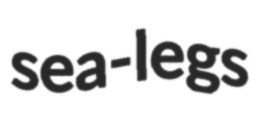
sea-legs